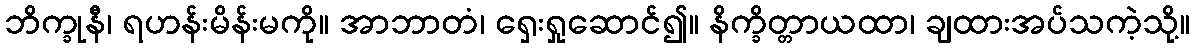
ဘိက္ခုနီ၊ ရဟန်းမိန်းမကို။ အာဘာတံ၊ ရှေးရှုဆောင်၍။ နိက္ခိတ္တာယထာ၊ ချထားအပ်သကဲ့သို့။